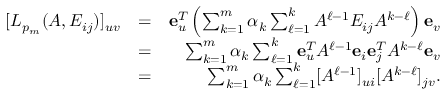
\begin{array} { r l r } { [ L _ { p _ { m } } ( A , E _ { i j } ) ] _ { u v } } & { = } & { { \mathbf e } _ { u } ^ { T } \left( \sum _ { k = 1 } ^ { m } \alpha _ { k } \sum _ { \ell = 1 } ^ { k } A ^ { \ell - 1 } E _ { i j } A ^ { k - \ell } \right) { \mathbf e } _ { v } } \\ & { = } & { \sum _ { k = 1 } ^ { m } \alpha _ { k } \sum _ { \ell = 1 } ^ { k } { \mathbf e } _ { u } ^ { T } A ^ { \ell - 1 } { \mathbf e } _ { i } { \mathbf e } _ { j } ^ { T } A ^ { k - \ell } { \mathbf e } _ { v } } \\ & { = } & { \sum _ { k = 1 } ^ { m } \alpha _ { k } \sum _ { \ell = 1 } ^ { k } [ A ^ { \ell - 1 } ] _ { u i } [ A ^ { k - \ell } ] _ { j v } . } \end{array}